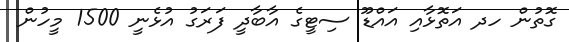
ގޮތުން ހދ އަތޮޅާއި އައްޑޫ ސިޓީގެ އާބާދީ ފަރަގު އުޅެނީ 1500 މީހުން